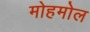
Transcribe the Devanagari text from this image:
मोहमोल